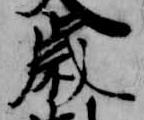
歳